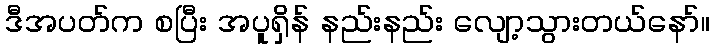
ဒီအပတ်က စပြီး အပူရှိန် နည်းနည်း လျော့သွားတယ်နော်။